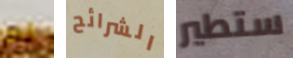
لم الشرائح ستطير